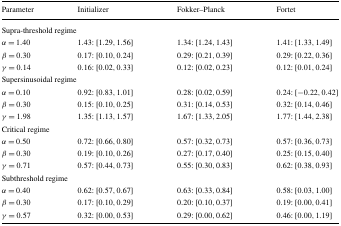
<table><thead><tr><td><b>Parameter</b></td><td><b>Initializer</b></td><td><b>Fokker–Planck</b></td><td><b>Fortet</b></td></tr></thead><tbody><tr><td colspan="4">Supra-threshold regime</td></tr><tr><td><i>α</i> = 1.40</td><td>1.43: [1.29,1.56]</td><td>1.34: [1.24,1.43]</td><td>1.41: [1.33,1.49]</td></tr><tr><td><i>β</i> = 0.30</td><td>0.17: [0.10,0.24]</td><td>0.29: [0.21,0.39]</td><td>0.29: [0.22,0.36]</td></tr><tr><td><i>γ</i> = 0.14</td><td>0.16: [0.02,0.33]</td><td>0.12: [0.02,0.23]</td><td>0.12: [0.01,0.24]</td></tr><tr><td colspan="4">Supersinusoidal regime</td></tr><tr><td><i>α</i> = 0.10</td><td>0.92: [0.83,1.01]</td><td>0.28: [0.02,0.59]</td><td>0.24: [−0.22,0.42]</td></tr><tr><td><i>β</i> = 0.30</td><td>0.15: [0.10,0.25]</td><td>0.31: [0.14,0.53]</td><td>0.32: [0.14,0.46]</td></tr><tr><td><i>γ</i> = 1.98</td><td>1.35: [1.13,1.57]</td><td>1.67: [1.33,2.05]</td><td>1.77: [1.44,2.38]</td></tr><tr><td colspan="4">Critical regime</td></tr><tr><td><i>α</i> = 0.50</td><td>0.72: [0.66,0.80]</td><td>0.57: [0.32,0.73]</td><td>0.57: [0.36,0.73]</td></tr><tr><td><i>β</i> = 0.30</td><td>0.19: [0.10,0.26]</td><td>0.27: [0.17,0.40]</td><td>0.25: [0.15,0.40]</td></tr><tr><td><i>γ</i> = 0.71</td><td>0.57: [0.44,0.73]</td><td>0.55: [0.30,0.83]</td><td>0.62: [0.38,0.93]</td></tr><tr><td colspan="4">Subthreshold regime</td></tr><tr><td><i>α</i> = 0.40</td><td>0.62: [0.57,0.67]</td><td>0.63: [0.33,0.84]</td><td>0.58: [0.03,1.00]</td></tr><tr><td><i>β</i> = 0.30</td><td>0.17: [0.10,0.29]</td><td>0.20: [0.10,0.37]</td><td>0.19: [0.00,0.41]</td></tr><tr><td><i>γ</i> = 0.57</td><td>0.32: [0.00,0.53]</td><td>0.29: [0.00,0.62]</td><td>0.46: [0.00,1.19]</td></tr></tbody></table>